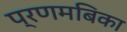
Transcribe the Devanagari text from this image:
प्रणमबिका